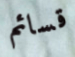
قسائم